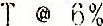
T @ 6%